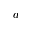
a